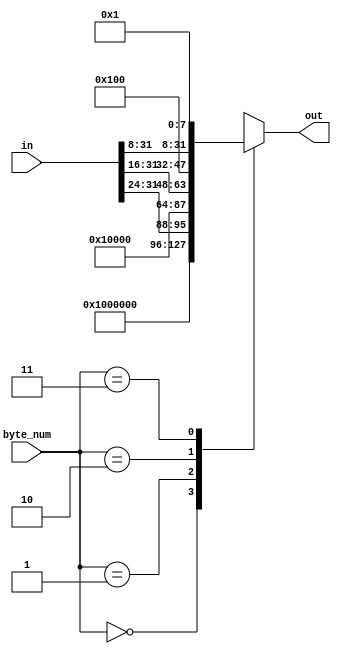
module padder1(in, byte_num, out);
    input      [31:0] in;
    input      [1:0]  byte_num;
    output reg [31:0] out;
 
    always @ (*)
      case (byte_num)
        0: out = 32'h1000000;
        1: out = {in[31:24], 24'h010000};
        2: out = {in[31:16], 16'h0100};
        3: out = {in[31:8],   8'h01};
      endcase
endmodule